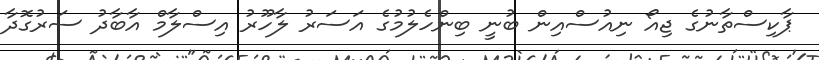
ޕާކިސްތާނުގެ ޖިއޯ ނިއުސްއިން ބުނީ ބިންހެލުމުގެ އަސަރު ލާހޫރު އިސްލާމް އާބާދު ސަރުގޮދާ